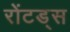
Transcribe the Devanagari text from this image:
रोंटड्स